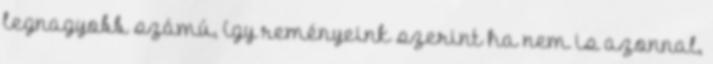
legnagyobb számú, így reményeink szerint ha nem is azonnal,